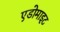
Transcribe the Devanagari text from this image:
एडोमाइट